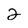
Character: 2